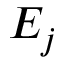
E _ { j }